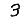
Digit: 3